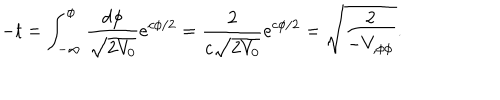
- t = \int _ { - \infty } ^ { \phi } { \frac { d \phi } { \sqrt { 2 V _ { 0 } } } } e ^ { c \phi / 2 } = { \frac { 2 } { c \sqrt { 2 V _ { 0 } } } } e ^ { c \phi / 2 } = \sqrt { \frac { 2 } { - V _ { , \phi \phi } } } .